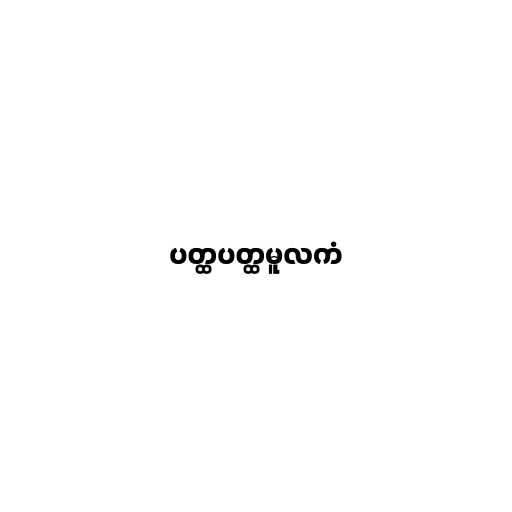
ပတ္ထပတ္ထမူလကံ